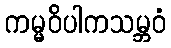
ကမ္မဝိပါကသမ္ဘဝံ